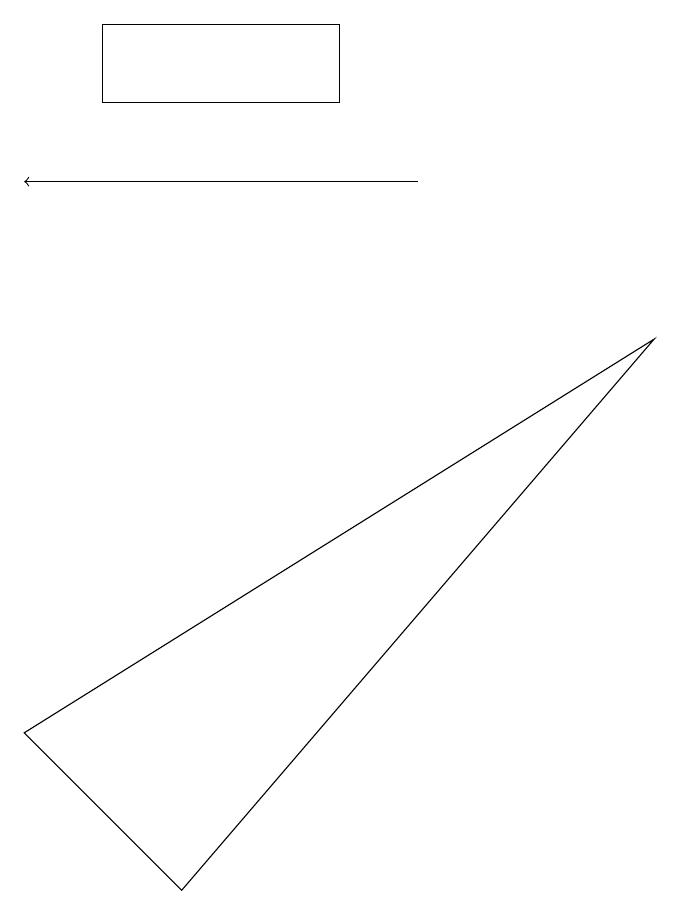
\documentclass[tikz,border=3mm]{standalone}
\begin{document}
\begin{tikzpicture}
\draw[->] (5,10) -- (0,10);
\draw (2,1) -- (8,8) -- (0,3) -- cycle;
\draw (4,11) rectangle (1,12);
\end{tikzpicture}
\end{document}